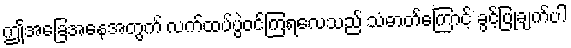
ဤအခြေအနေအတွက် လက်ထပ်ပွဲဝင်ကြရလေသည် သံဓာတ်ကြောင့် ခွင့်ပြုချက်ပါ